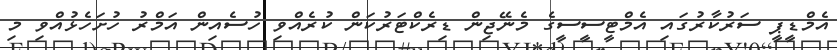
އެމްޑީޕީ ސަރުކާރުގައި އެމްޓީސީސީގެ މެނޭޖިން ޑިރެކްޓަރުކަން ކުރެއްވި ހުސެއިން އަމްރު ހުށަހެޅުއްވި މި